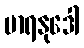
မာရနုဒေါ